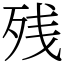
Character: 残